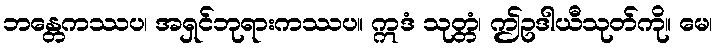
ဘန္တေကဿပ၊ အရှင်ဘုရားကဿပ။ ဣဒံ သုတ္တံ၊ ဤဥဒါယီသုတ်ကို။ မေ၊